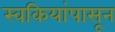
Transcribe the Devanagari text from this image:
स्वकियांपासून